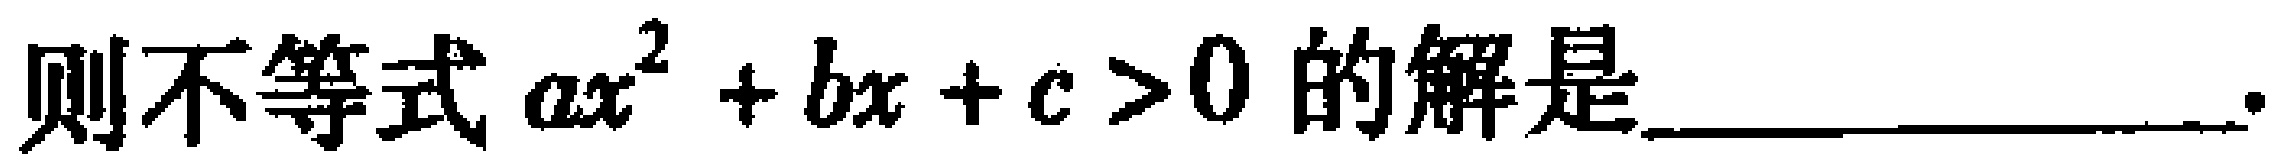
则不等式\(ax^{2}+bx + c>0\)的解是________________.